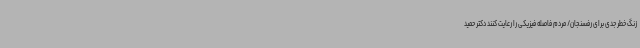
زنگ خطر جدی برای رفسنجان/ مردم فاصله فیزیکی را رعایت کنند دکتر حمید